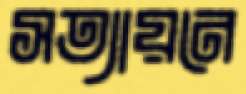
সত্যায়নে